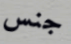
جنس